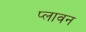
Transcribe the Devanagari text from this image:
प्‍लावन